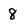
Character: 8